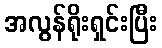
အလွန်ရိုးရှင်းပြီး